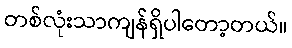
တစ်လုံးသာကျန်ရှိပါတော့တယ်။